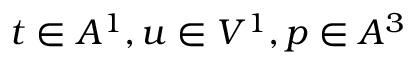
t \in A ^ { 1 } , u \in V ^ { 1 } , p \in A ^ { 3 }